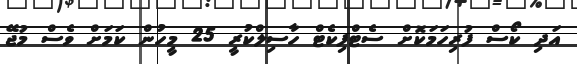
އަދި ކޯސް ފުރިހަމަކޮށް ސެޓްފިކެޓް ހާސިލްކުރީ 25 މީހުން ކަމަށް ވެސް މުޖޭ